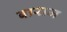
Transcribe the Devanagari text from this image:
बाराज